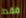
فقط